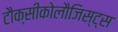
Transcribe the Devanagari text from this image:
टौक्सीकोलौजिस्ट्स